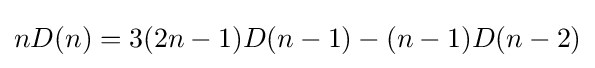
nD(n)=3(2n-1)D(n-1)-(n-1)D(n-2)